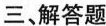
三、解答题